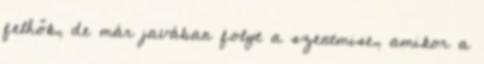
felhők, de már javában folyt a szentmise, amikor a